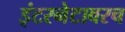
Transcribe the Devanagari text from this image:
इंटरनेटावरच